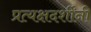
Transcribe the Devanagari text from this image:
प्रत्यक्षदर्शींनी